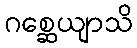
ဂစ္ဆေယျာသိ